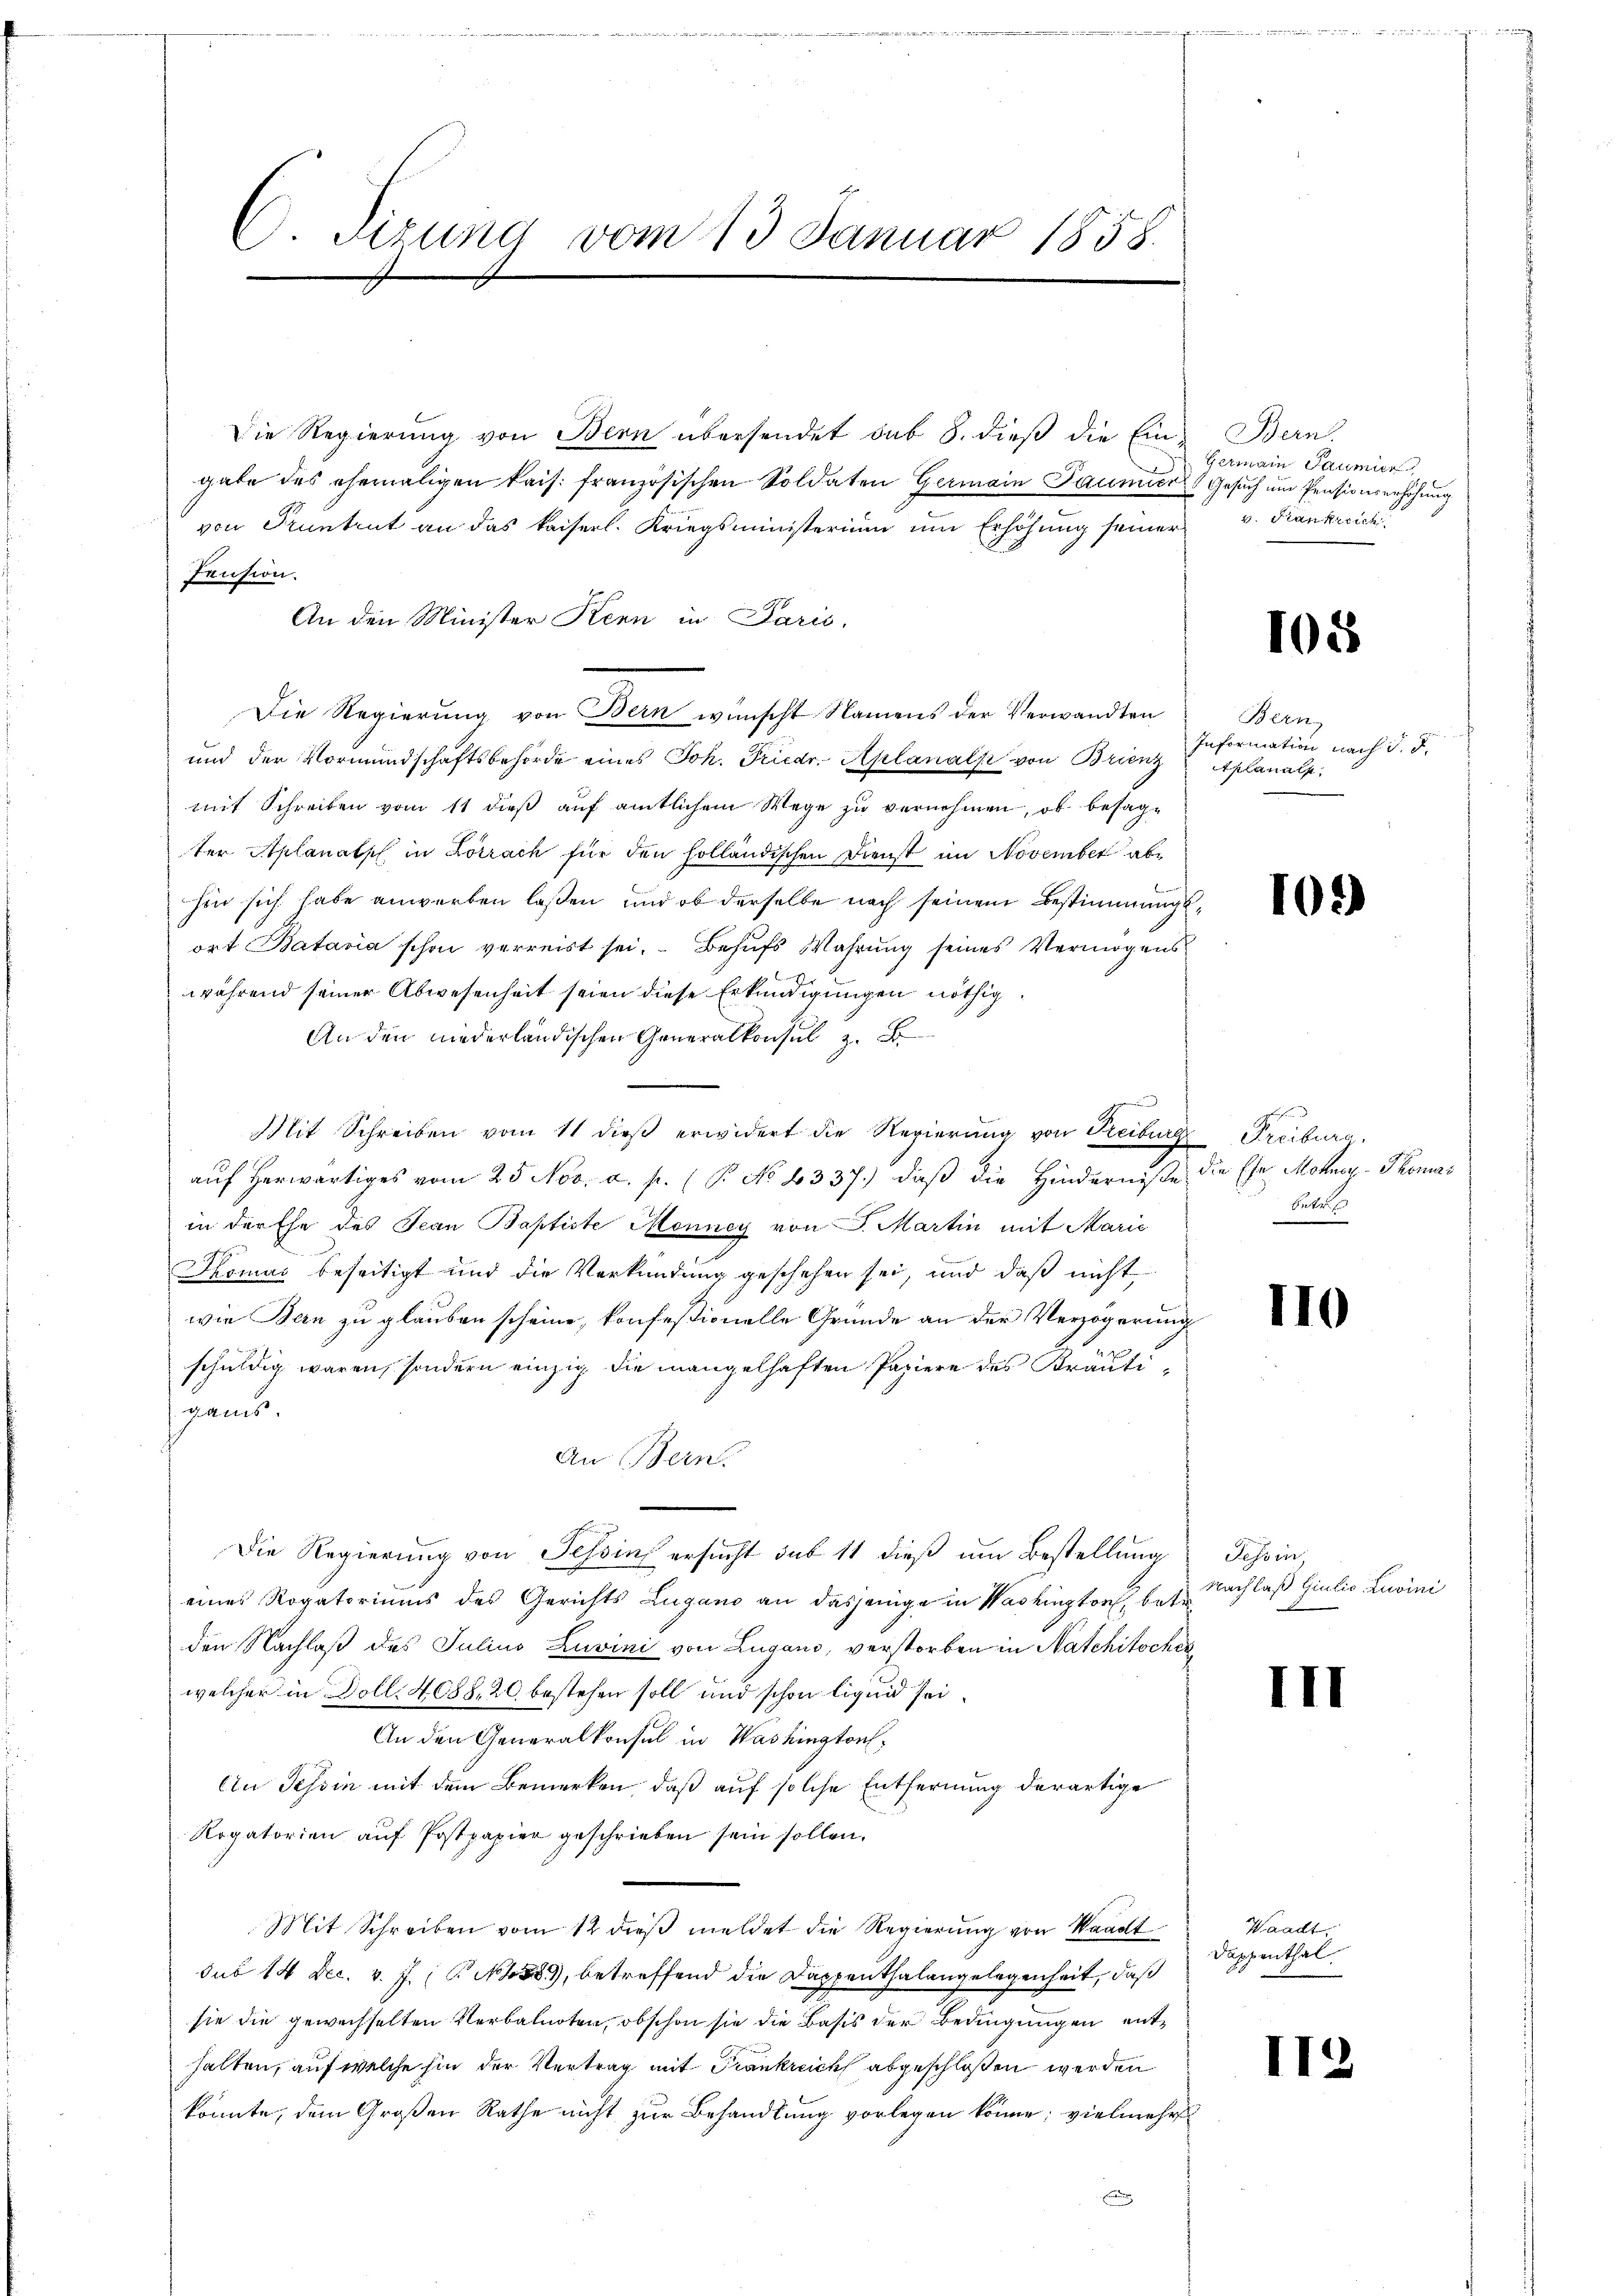
C. Sizung vom 13. Januar 1858.

Die Regierung von Bern übersendet sub 8. dieβ die Ein- Bern.
gabe des ehemaligen kais. französischen Soldaten Germain Paumier Gesuch um Pensionserhöhung
von Pruntrut an das kaiserl. Kriegsministerium um Erhöhung seiner v. Frankreich
Pension.
An den Minister Kenn in Paris,
Die Regierung von Bern wünscht Namens der Verwandten
und der Vormundschaftsbehörde eines Joh. Friedr. Aplanals von Brienz Aplanals
mit Schreiben vom 11 dieß auf amtlichem Wege zu vernehmen, ob besagter Aplanals in Lörrach für den holländischen Dienst im November abe
hin sich habe anwerben laßen, und ob derselbe nach seinem Bestimmungsort Batavia schon verreist sei. Behufs Wahrung seines Vermögens
während seiner Abwesenheit seien diese Erkundigungen nöthig
An den niederländischen Generalkonsul z. B
Mit Schreiben vom 11 dieβ erwidert die Regierŭng von Freiburg Freiburg,
auf herwärtiges vom 25. Nov. a. p. (P No 4337.) daß die Hinderniße die Ehe Motney-Thomas
in der Ehe des Jean Baptiste Menney von P. Martin mit Marie
Pomas beseitigt und die Verkündung geschehen sei, und daß nicht
wie Bern zu glauben scheine, konfestionelle Gründe an der Verzögerung
schuldig waren, sondern einzig die mangelhaften Papiere des Kräutigans.
An Bern.
Die Regierung von Tessin ersucht sub 11 dieß um Bestellung
eines Rogatoriums des Gerichts Lugano an dasjenige in Washington betre
den Nachlaß des Julius Luvini von Lugano, verstorben in Natchitsches
welcher in Doll. 4088, 20 bestehen soll und schon liquid sei¬
An den Generalkonsul in Washington,
An Tessin mit dem Bemerken, daß auf solche Entfernung derartige
Rogatorien auf Postpapier geschrieben sein sollen.
Mit Schreiben vom 12 dieβ meldet die Regierung von Waadt
sub 14 Dec. v. J. N 58, betreffend die Dappenthalangelegenheit, daß
sie die gewechselten Verbalnoten, obschon sie die Basis der Bedingungen enthalten, auf welche hin der Vertrag mit Trankreich abgeschloßen werden
könnte, dem Großen Rathe nicht zur Behandlung vorlegen könne; vielmehr

Germain Saumier

105

Been
Information nach d. d.

102)

Butte
e

110

Tessin,
Nachlaß Giulio Luvini

III

Waadt.
Dappenthal.

112